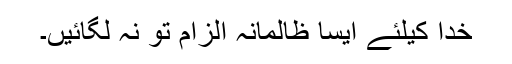
خدا کیلئے ایسا ظالمانہ اِلزام تو نہ لگائیں۔